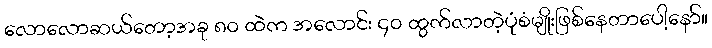
လောလောဆယ်တော့အခု ၈၀ ထဲက အလောင်း ၄၀ ထွက်လာတဲ့ပုံစံမျိုးဖြစ်နေတာပေါ့နော်။